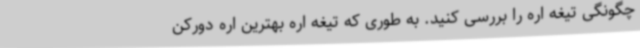
چگونگی تیغه اره را بررسی کنید. به طوری که تیغه اره بهترین اره دورکن